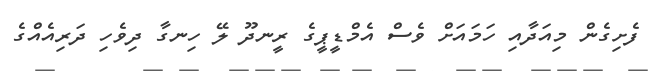
ފެށިގެން މިއަދާއި ހަމައަށް ވެސް އެމްޑީޕީގެ ރީނދޫ ލޭ ހިނގާ ދިވެހި ދަރިއެއްގެ